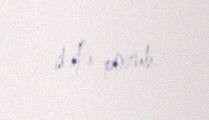
dəfə pozub.